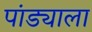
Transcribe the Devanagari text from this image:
पांड्याला